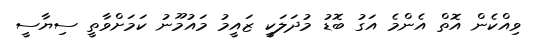
ވިއްކެން އޮތް އެންމެ އަގު ބޮޑު މުދަލަކީ ޒައީމު މައުމޫނު ކަމަށްވާތީ ސިޔާސީ